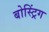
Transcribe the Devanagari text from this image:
बोस्ट्रिंग